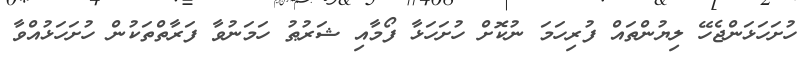
ހުށަހަޅަންޖެހޭ ލިޔުންތައް ފުރިހަމަ ނުކޮށް ހުށަހަޅާ ފޯމާއި ޝަރުޠު ހަމަނުވާ ފަރާތްތަކުން ހުށަހަޅުއްވާ